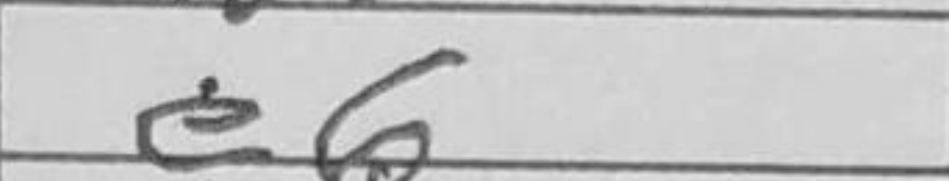
Transcription: e6